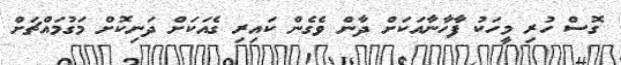
ގޮސް ހުރި މީހަކު ފާހާނާއަކަށް ދާން ވެގެން ކައިރި ގެއަކަށް ދަނިކޮށް މަގުމައްޗަށް